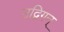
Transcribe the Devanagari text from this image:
उद्विगन्